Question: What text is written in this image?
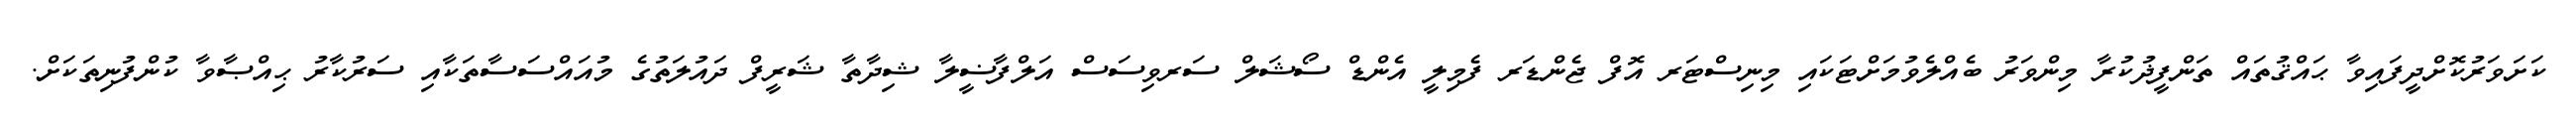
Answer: ކަށަވަރުކޮށްދީފައިވާ ޙައްޤުތައް ތަންފީޛުކުރާ މިންވަރު ބެއްލެވުމަށްޓަކައި މިނިސްޓަރ އޮފް ޖެންޑަރ ފެމިލީ އެންޑް ސޯޝަލް ސަރވިސަސް އަލްފާޟީލާ ޝިދާތާ ޝަރީފް ދައުލަތުގެ މުއައްސަސާތަކާއި ސަރުކާރު ޙިއްޞާވާ ކުންފުނިތަކަށް.